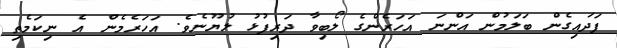
ފަދައިގެން ބަލަމުން އަންނަ އަހަރެންގެ ލޯބިވާ ދަރިފުޅު ލުޔޫނެވެ. އަހަރެމެން އެ ނިކަމެތި